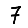
Digit: 7